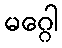
မဂ္ဂေါ